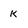
Character: k